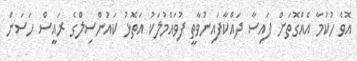
އޮވެ ހުކުމާ އެއްގޮތަށް ފައިސާ ދައްކާފައިނުވާތީ ފުވައްމުލަކު އަތޮޅު ކައުންސިލްގެ ރައީސް ހަސަން